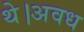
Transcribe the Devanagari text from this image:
थे।अवध